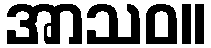
အာသဝ။